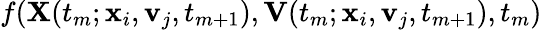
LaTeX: f(\mathbf{X}(t_{m};\mathbf{x}_{i},\mathbf{v}_{j},t_{m+1}),\mathbf{V}(t_{m};\mathbf{x}_{i},\mathbf{v}_{j},t_{m+1}),t_{m})